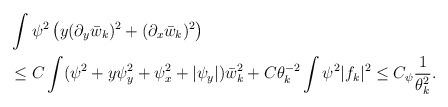
LaTeX: \begin{align*}&\int\psi^2\left(y(\partial_y\bar{w}_k)^2+(\partial_x\bar{w}_k)^2\right)\\&\leq C\int(\psi^2+y\psi_y^2+\psi_x^2+|\psi_y|)\bar{w}_k^2+C\theta_k^{-2}\int\psi^2|f_k|^2\leq C_\psi\frac 1{\theta^2_k}.\end{align*}